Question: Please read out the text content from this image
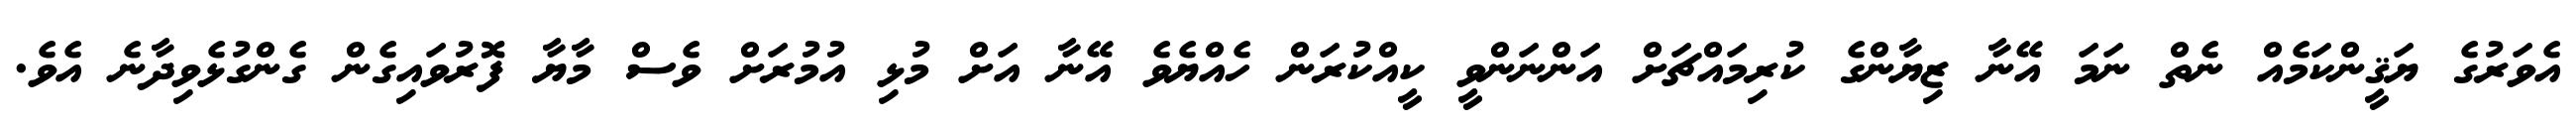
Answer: އެވަރުގެ ޔަޤީންކަމެއް ނެތް ނަމަ އޭނާ ޒިޔާންގެ ކުރިމައްޗަށް އަންނަންވީ ކީއްކުރަން ހެއްޔެވެ އޭނާ އަށް މުޅި އުމުރަށް ވެސް މާޔާ ފޮރުވައިގެން ގެންގުޅެވިދާނެ އެވެ.